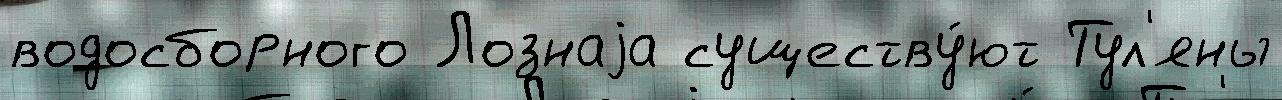
водосборного Лознаjа существу́ют Тул'яны